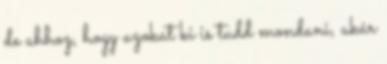
de ahhoz, hogy azokat ki is tudd mondani, akár